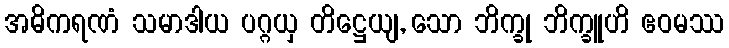
အဓိကရဏံ သမာဒါယ ပဂ္ဂယှ တိဋ္ဌေယျ, သော ဘိက္ခု ဘိက္ခူဟိ ဧဝမဿ